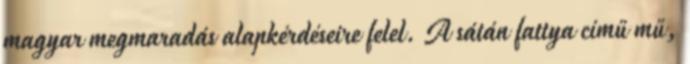
magyar megmaradás alapkérdéseire felel. A sátán fattya című mű,